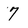
Character: 7